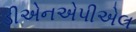
ડીએનએપીએલ